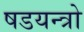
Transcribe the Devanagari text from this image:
षडयन्त्रो